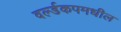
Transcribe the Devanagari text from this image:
वर्ल्डकपमधील